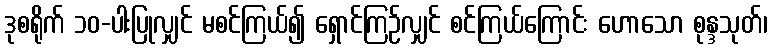
ဒုစရိုက် ၁၀-ပါးပြုလျှင် မစင်ကြယ်၍ ရှောင်ကြဉ်လျှင် စင်ကြယ်ကြောင်း ဟောသော စုန္ဒသုတ်၊